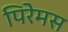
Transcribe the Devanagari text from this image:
पिरेमस